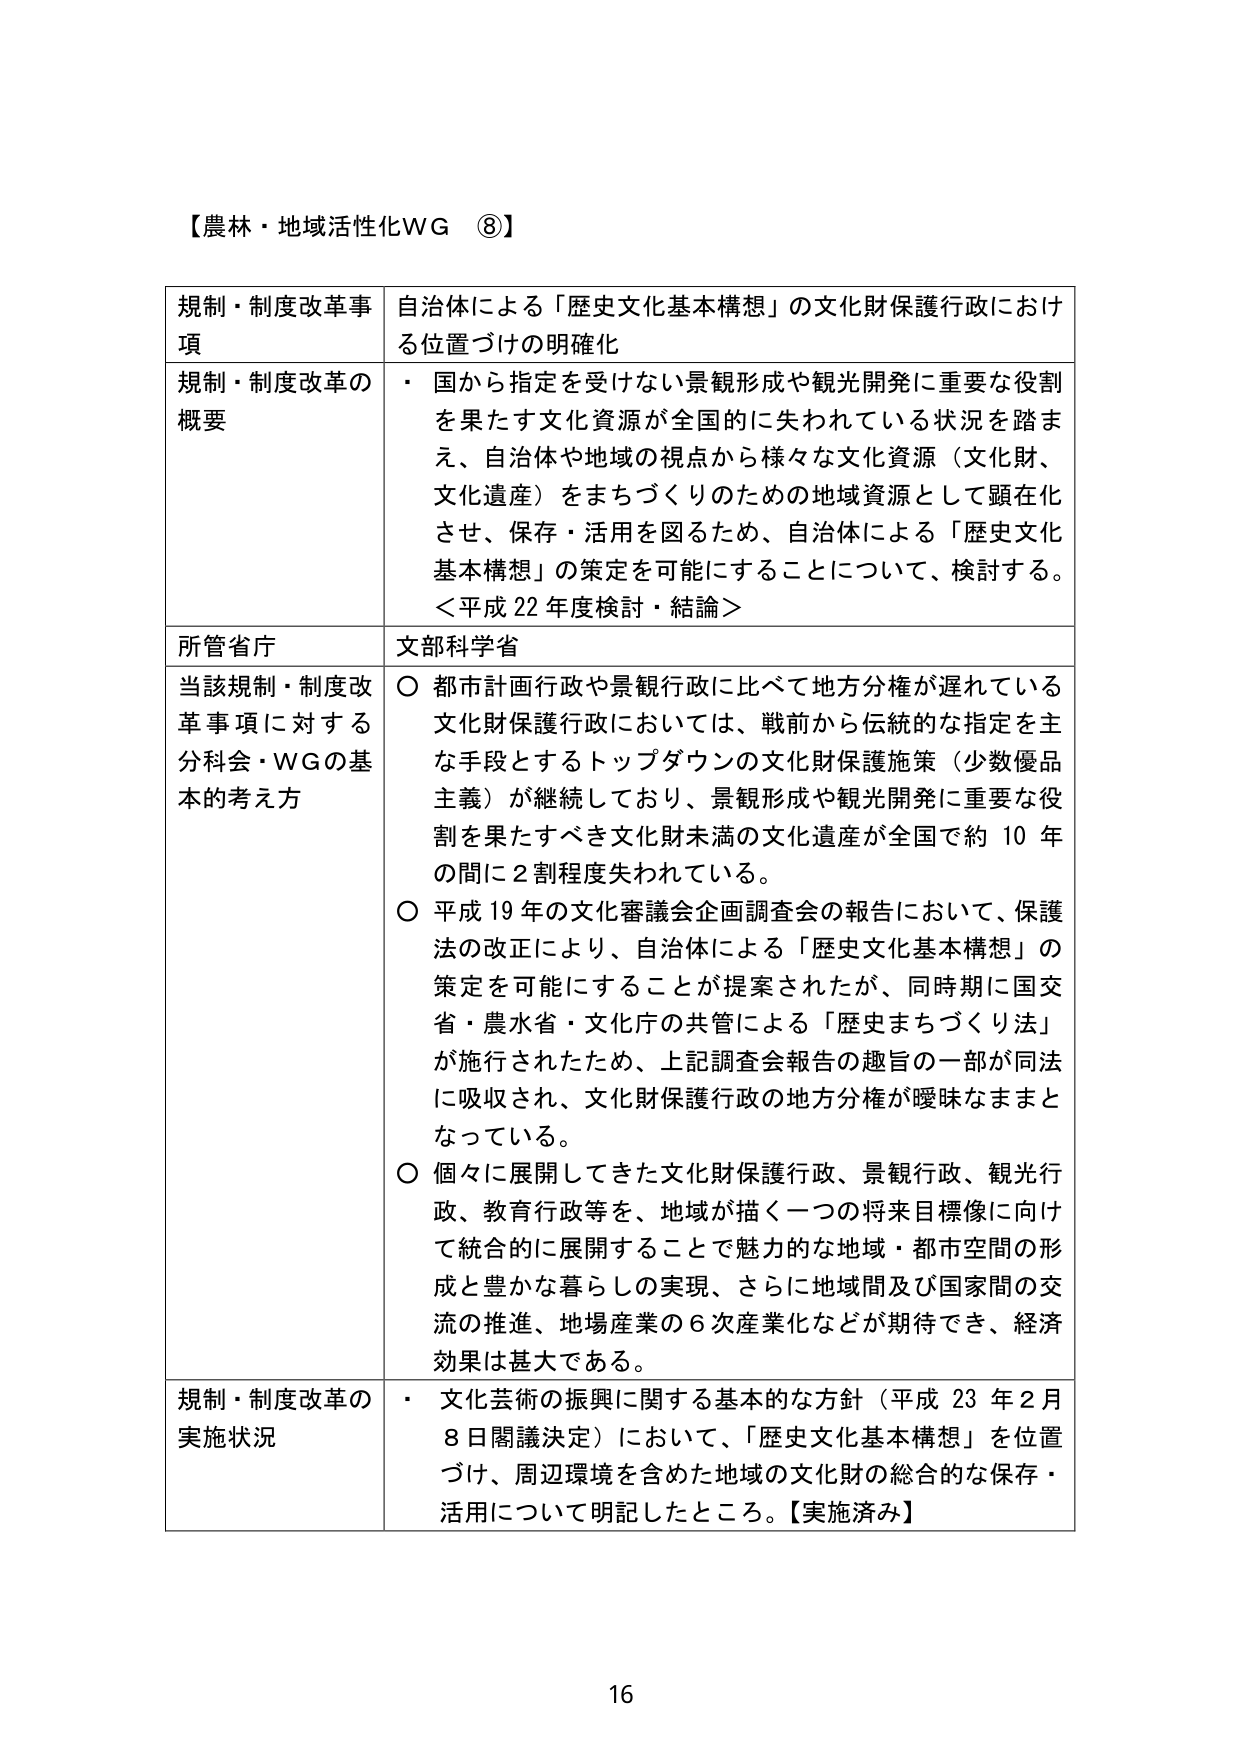
【農林・地域活性化WG ⑧】

規制・制度改革事項　自治体による「歴史文化基本構想」の文化財保護行政における位置づけの明確化

規制・制度改革の概要　・ 国から指定を受けない景観形成や観光開発に重要な役割を果たす文化資源が全国的に失われている状況を踏まえ、自治体や地域の視点から様々な文化資源（文化財、文化遺産）をまちづくりのための地域資源として顕在化させ、保存・活用を図るため、自治体による「歴史文化基本構想」の策定を可能にすることについて、検討する。＜平成22年度検討・結論＞

所管省庁　文部科学省

当該規制・制度改革事項に対する分科会・WGの基本的考え方　○ 都市計画行政や景観行政に比べて地方分権が遅れている文化財保護行政においては、戦前から伝統的な指定を主な手段とするトップダウンの文化財保護施策（少数優品主義）が継続しており、景観形成や観光開発に重要な役割を果たすべき文化財未満の文化遺産が全国で約10年の間に2割程度失われている。○ 平成19年の文化審議会企画調査会の報告において、保護法の改正により、自治体による「歴史文化基本構想」の策定を可能にすることが提案されたが、同時期に国交省・農水省・文化庁の共管による「歴史まちづくり法」が施行されたため、上記調査会報告の趣旨の一部が同法に吸収され、文化財保護行政の地方分権が曖昧なままとなっている。○ 個々に展開してきた文化財保護行政、景観行政、観光行政、教育行政等を、地域が描く一つの将来目標像に向けて統合的に展開することで魅力的な地域・都市空間の形成と豊かな暮らしの実現、さらに地域間及び国家間の交流の推進、地場産業の6次産業化などが期待でき、経済効果は甚大である。

規制・制度改革の実施状況　・ 文化芸術の振興に関する基本的な方針（平成23年2月8日閣議決定）において、「歴史文化基本構想」を位置づけ、周辺環境を含めた地域の文化財の総合的な保存・活用について明記したところ。【実施済み】

16